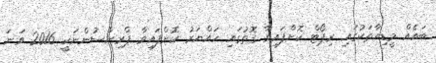
ބައެއް މީޑިއާތަކުގައި ރިޕޯޓް ކޮށްފައިވާ ގޮތުގައި ހައްޔަރު ކޮށްފައިވާ ޕްރިންސުންނަކީ 2016 ވަނަ